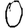
Digit: 0